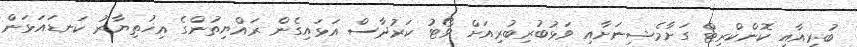
ބުރިއާއި ކޮންކްރިޓް ގަށާމެޝިނަށާއި ވަޅުބުރިބުރިއަށް ވޯޓު ކަރުދާސް އަޅައިގެން ރައްޔިތުންގެ އިޚުތިޔާރު ކަނޑައަޅަން